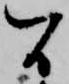
間